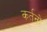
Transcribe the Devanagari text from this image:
कर्तनों